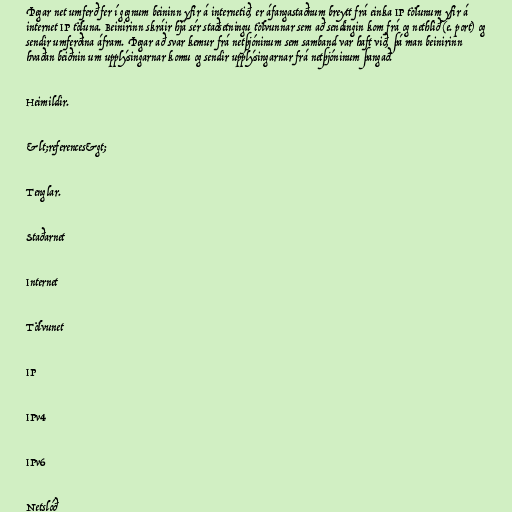
Þegar net umferð fer í gegnum beininn yfir á internetið, er áfangastaðnum breytt frá einka IP tölunum yfir á
internet IP töluna. Beinirinn skráir hjá sér staðsetningu tölvunnar sem að sendingin kom frá og nethlið (e. port) og
sendir umferðina áfram. Þegar að svar kemur frá netþjóninum sem samband var haft við, þá man beinirinn
hvaðan beiðnin um upplýsingarnar komu og sendir upplýsingarnar frá netþjóninum þangað.

Heimildir.

&lt;references&gt;

Tenglar.

Staðarnet

Internet

Tölvunet

IP

IPv4

IPv6

Netslóð